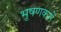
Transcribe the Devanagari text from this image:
भूषणकरी